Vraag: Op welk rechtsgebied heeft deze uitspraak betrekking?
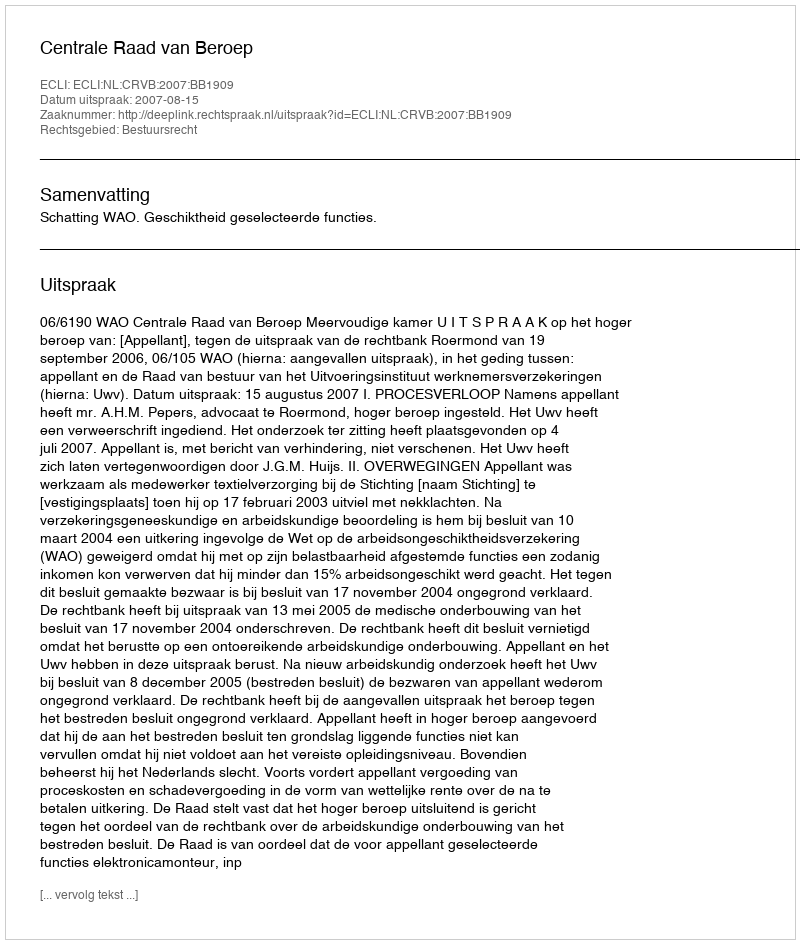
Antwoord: Bestuursrecht